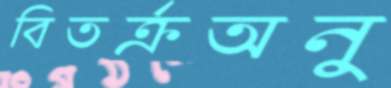
বিতর্ক্রঅনু